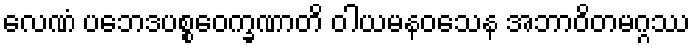
လေဏံ ပဘေဒပစ္စဝေက္ခဏာတိ ဝါယမနဝသေန အဘာဝိတမဂ္ဂဿ